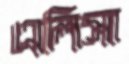
এলিসা